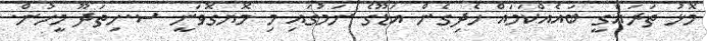
މޮޅު ތަރައްގީ ބައެއްކަމައް ހެދިގެން އަޑޫގެ ނަމުގައި މި މޮޔގޮވަނީ ސ.ހިތަދޫ މީހުން.